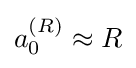
a_{0}^{(R)}\approx R